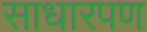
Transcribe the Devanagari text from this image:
साधारपण